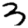
Digit: 3